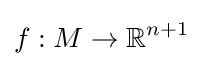
f:M\to \mathbb {R} ^{n+1}